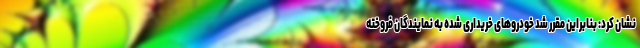
نشان کرد: بنابراین مقرر شد خودروهای خریداری شده به نمایندگان فروخته